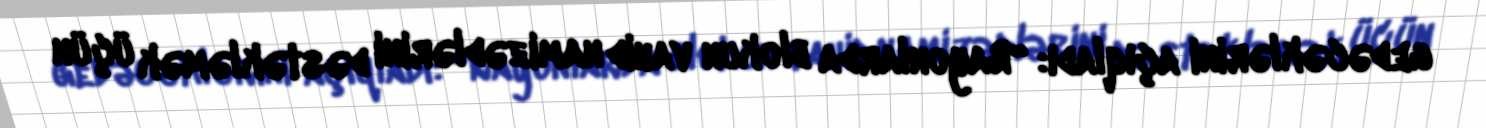
gedəcəklərini açıqladı: “Rayonlarda blokun vahid namizədlərini dəstəkləmək üçün